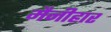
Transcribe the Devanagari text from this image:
मैनीहार